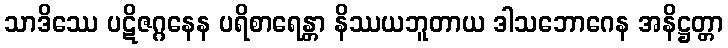
သာဒိဿေ ပဋိဇဂ္ဂနေန ပရိစာရေန္တာ နိဿယဘူတာယ ဒါသဘောဂေန အနိဋ္ဌတ္တာ